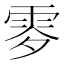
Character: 𩂙